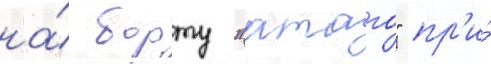
на́ борту "атаго" пр'и́